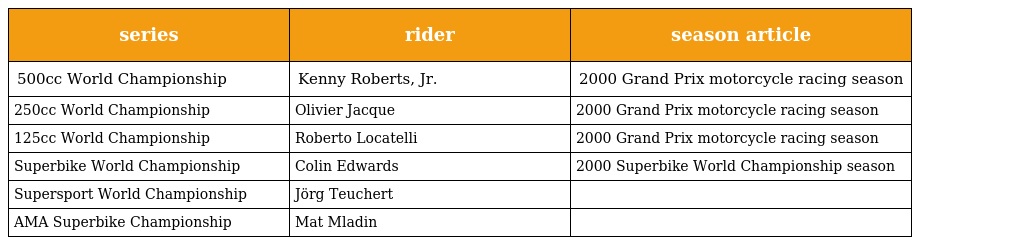
| series | rider | season article |
 | --- | --- | --- |
 | 500cc World Championship | Kenny Roberts, Jr. | 2000 Grand Prix motorcycle racing season |
 | 250cc World Championship | Olivier Jacque | 2000 Grand Prix motorcycle racing season |
 | 125cc World Championship | Roberto Locatelli | 2000 Grand Prix motorcycle racing season |
 | Superbike World Championship | Colin Edwards | 2000 Superbike World Championship season |
 | Supersport World Championship | Jörg Teuchert |  |
 | AMA Superbike Championship | Mat Mladin |  |